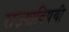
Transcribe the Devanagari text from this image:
राज्याविषयी